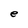
Character: e